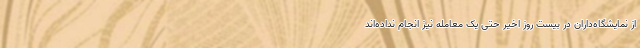
از نمایشگاه‌داران در بیست روز اخیر حتی یک معامله نیز انجام نداده‌اند